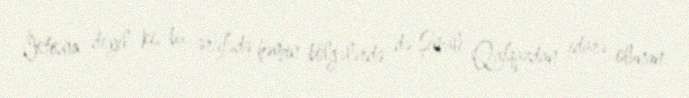
İstisna deyil ki, bu ərəfədə həmin bölgələrdə də Şimali Qafqazdan idarə olunan